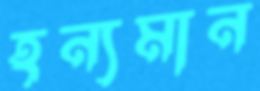
হন্যমান